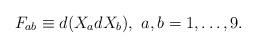
LaTeX: \begin{align*}F_{ab}\equiv d(X_{a}dX_{b}) ,\, \, a,b = 1,\ldots,9.\end{align*}